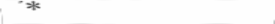
٢٢